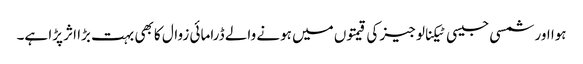
ہوا اور شمسی جیسی ٹیکنالوجیز کی قیمتوں میں ہونے والے ڈرامائی زوال کا بھی بہت بڑا اثر پڑا ہے۔